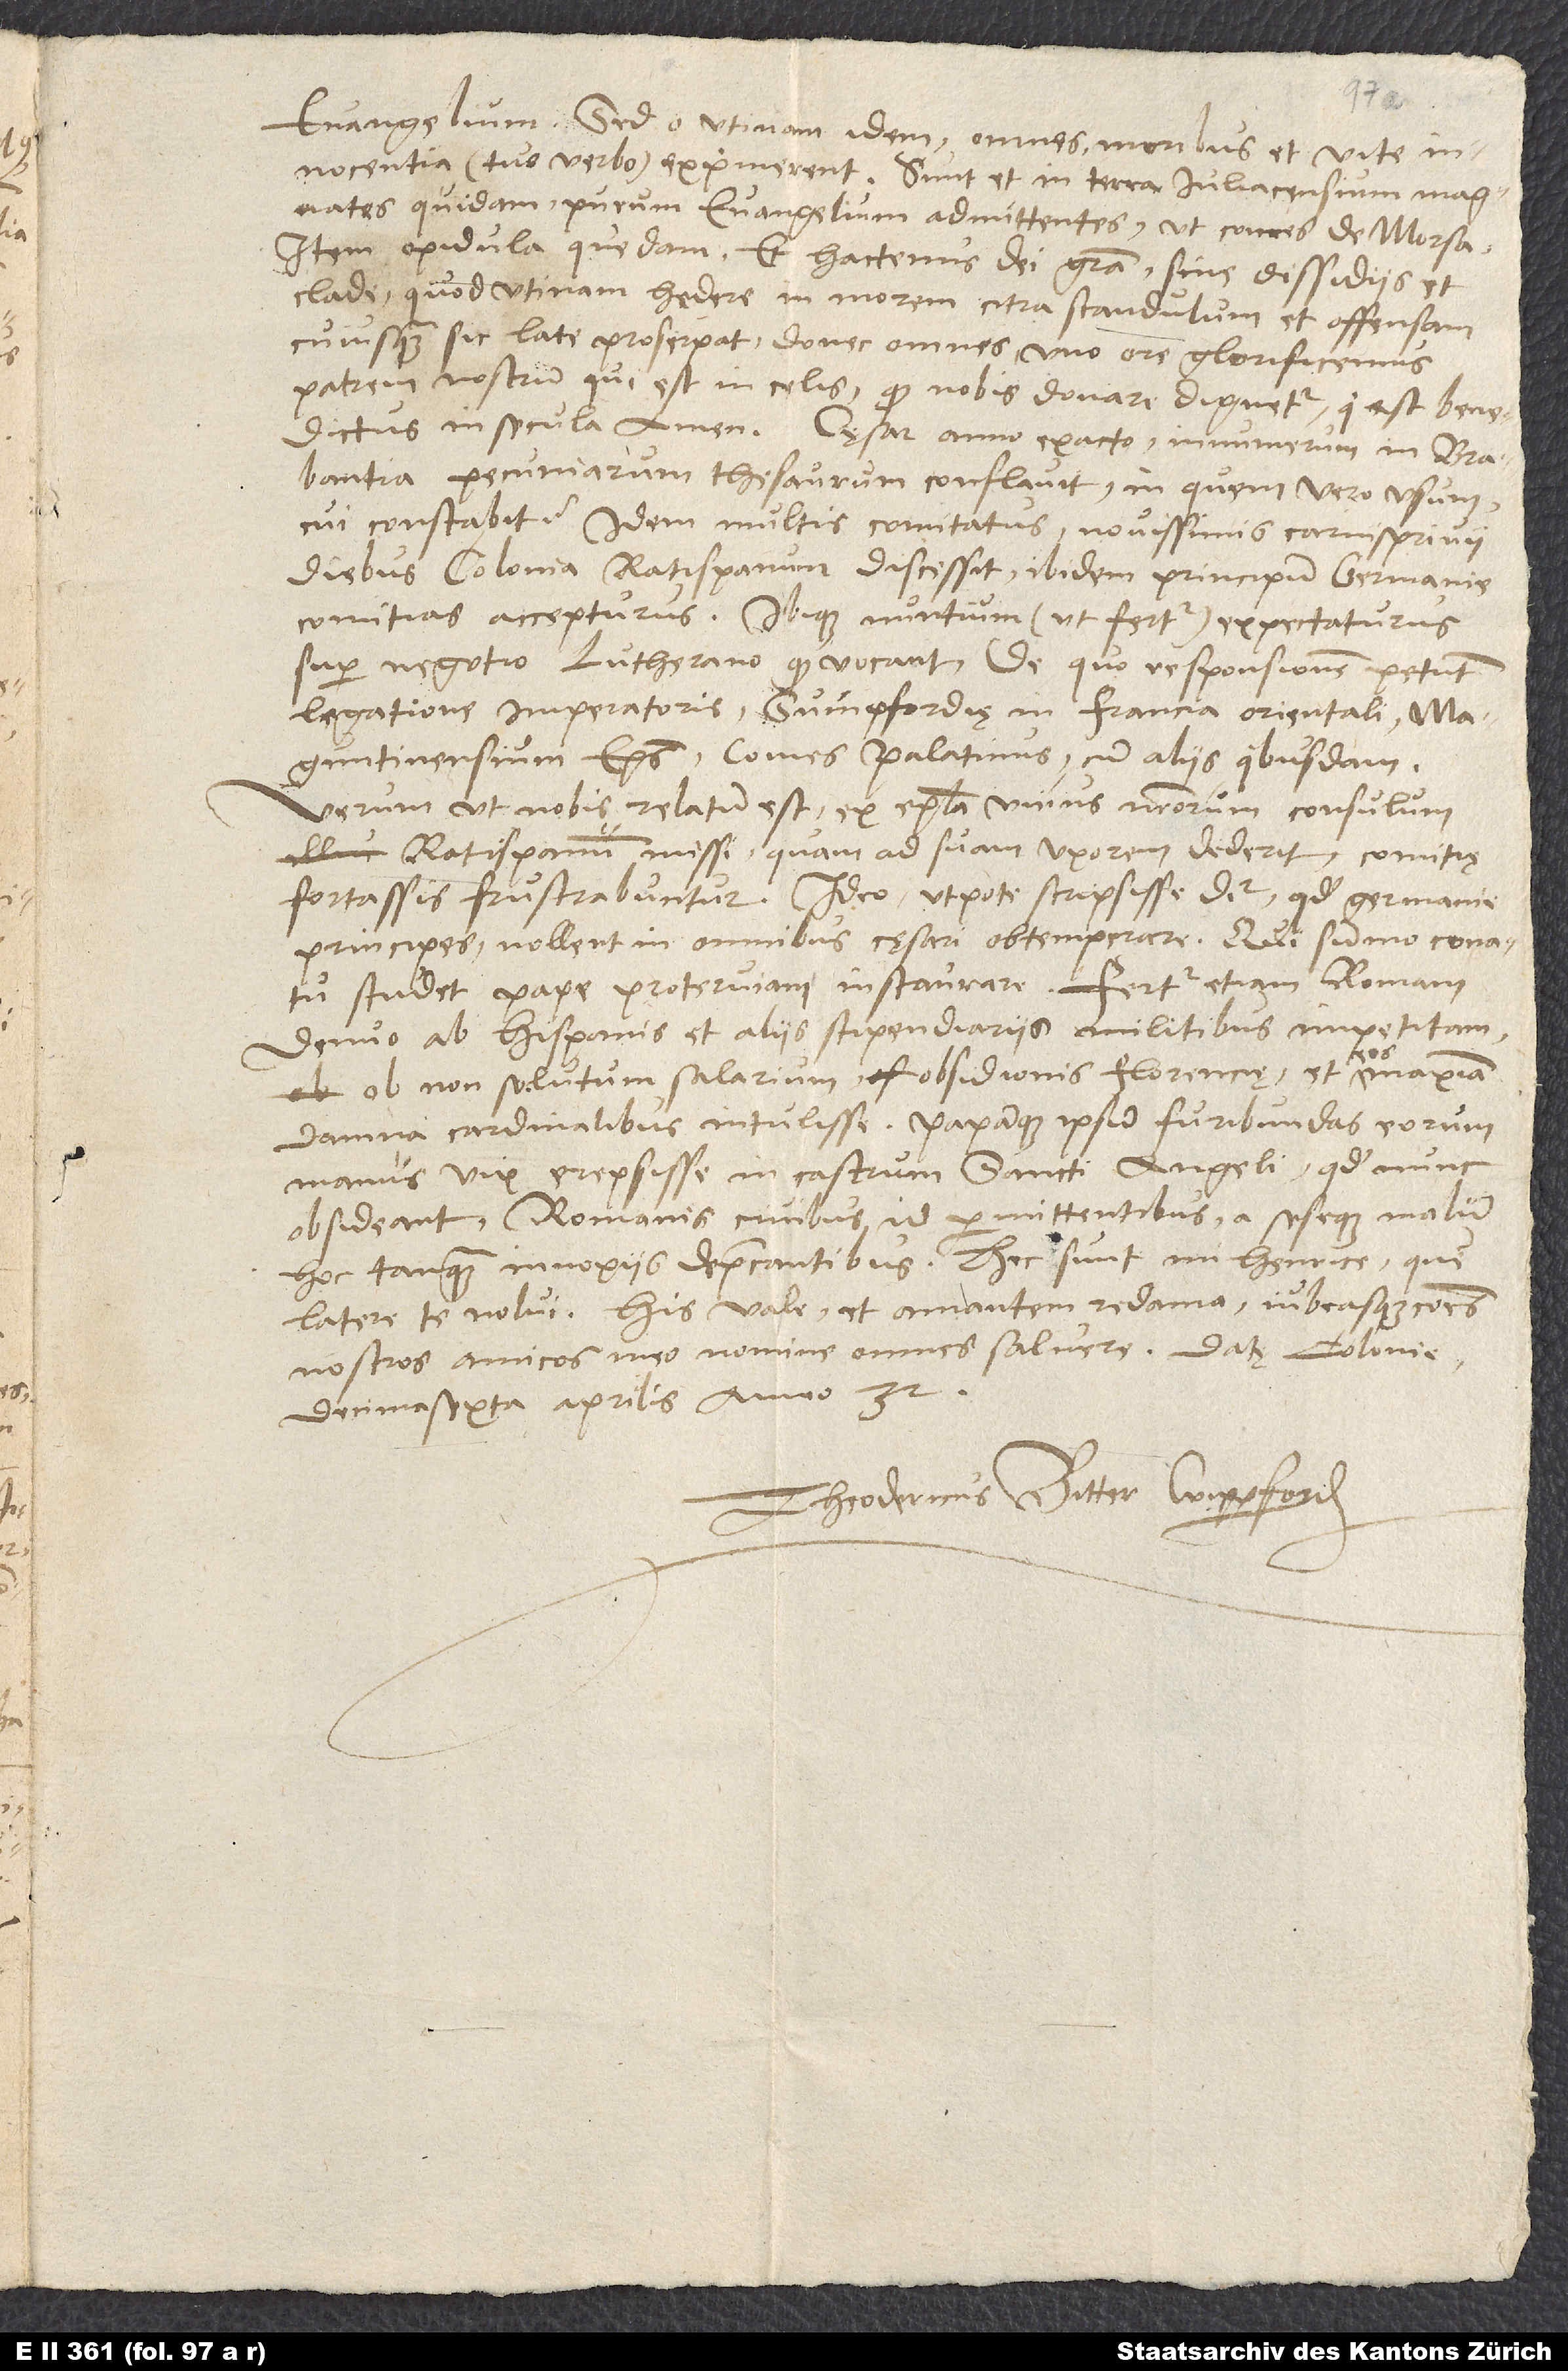
evangelium. Sed o utinam idem omnes moribus et vite
innocentia (tuo verbo) exprimerent. Sunt et in terra Iuliacensium magnates
quidam purum evangelium admittentes, ut comes de Morsa,
item opidula quedam, et hactenus dei gratia sine dissidiis et
clade. Quod utinam hedere in morem citra scandulum et offensam
cuiusquam sic late proserpat, donec omnes uno ore glorificemus
patrem nostrum, qui est in celis. Quod nobis donare dignetur, «qui est benedictus
in secula. Amen» . Cęsar anno exacto innumerum in Brabantia
pecuniarum thesaurum conflavit. In quem vero usum,
cui constabit? Idem multis comitatus novissimis carnisprivii
diebus Colonia Ratispanum discessit ibidem principum Germanie
comitias accepturus ibique nuntium, ut fertur, expectaturus
super negotio Lutherano quod vocant, de quo responsionem petunt
legatione imperatoris Svinpfordiae in Francia orientali
Maguntinensium episcopus, comes Palatinus cum aliis quibusdam.
Verum ut nobis relatum est ex epistola unius nostrorum consulum
Ratispanum missi, quam ad suam uxorem dederit, comitię
fortassis frustrabuntur, ideo, utpote scripsisse dicitur, quod Germanie
principes nollent in omnibus cęsari obtemperare, qui summo conatu
studet pape proterviam instaurare. Fertur etiam Romam
denuo ab Hispanis et aliis stipendiariis militibus impetitam
ob non solutum salarium obsidionis Florenciae et eos maxima
damna cardinalibus intulisse papamque ipsum furibundas eorum
manus vix erepsisse in castrum Sancti Angeli, quod nunc
obsideant Romanis civibus id permittentibus a seseque malum
hoc tanquam innoxiis deprecantibus. Hec sunt, mi Henrice, que
latere te nolui. His vale et amantem redama iubeasque communes
nostros amicos meo nomine omnes saluere. Datę Colonie,
decimasexta aprilis anno 32.
Theodericus Bitter Wipperford.